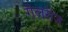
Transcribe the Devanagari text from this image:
गॅलरीज